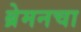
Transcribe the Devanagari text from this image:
ब्रेमनचा